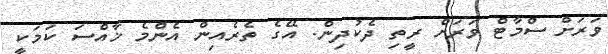
ވަރަށް ސްމާޓް ވަރަށް ރީތި ދެކުދިން. އޭގެ ތެރެއިން އެންމެ ޚާއްސަ ކަމަކީ